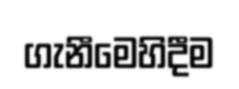
ගැනීමෙහිදීම